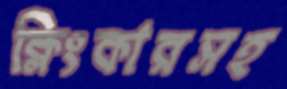
ক্লিংকারসহ